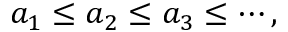
a _ { 1 } \leq a _ { 2 } \leq a _ { 3 } \leq \cdots ,